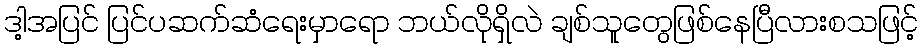
ဒါ့အပြင် ပြင်ပဆက်ဆံရေးမှာရော ဘယ်လိုရှိလဲ ချစ်သူတွေဖြစ်နေပြီလားစသဖြင့်